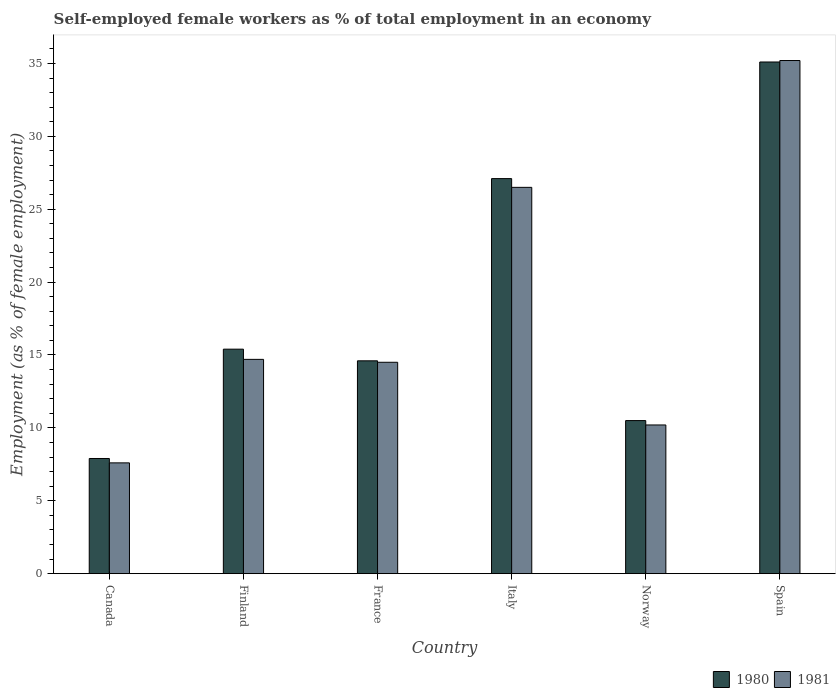
| Country | 1980 | 1981 |
 | --- | --- | --- |
 | Canada | 7.9 | 7.6 |
 | Finland | 15.4 | 14.7 |
 | France | 14.6 | 14.5 |
 | Italy | 27.1 | 26.5 |
 | Norway | 10.5 | 10.2 |
 | Spain | 35.1 | 35.2 |